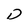
Character: D